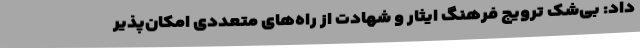
داد: بی‌شک ترویج فرهنگ ایثار و شهادت از راه‌های متعددی امکان‌پذیر